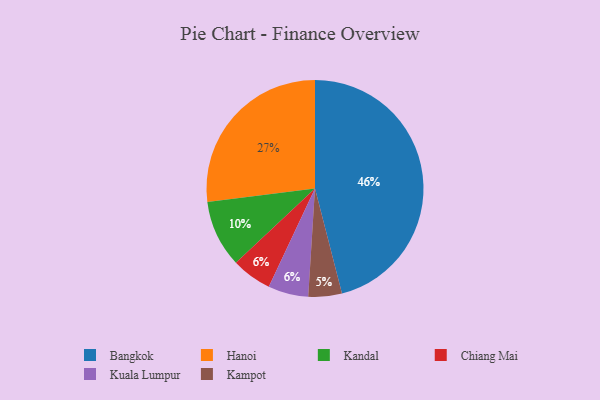
{"axis": {"x": "Category", "y": "Percentage"}, "legend": ["Bangkok", "Chiang Mai", "Hanoi", "Kampot", "Kandal", "Kuala Lumpur"], "data": [{"x": "Kampot", "y": 5, "type": "Kampot"}, {"x": "Bangkok", "y": 46, "type": "Bangkok"}, {"x": "Hanoi", "y": 27, "type": "Hanoi"}, {"x": "Chiang Mai", "y": 6, "type": "Chiang Mai"}, {"x": "Kandal", "y": 10, "type": "Kandal"}, {"x": "Kuala Lumpur", "y": 6, "type": "Kuala Lumpur"}]}